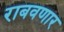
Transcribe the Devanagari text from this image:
राबवणार